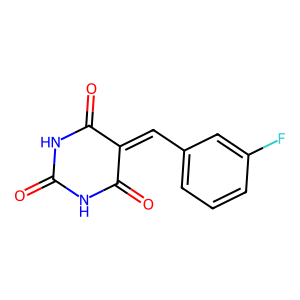
SMILES: O=C1NC(=O)C(=Cc2cccc(F)c2)C(=O)N1
Inhibits HIV replication: No